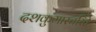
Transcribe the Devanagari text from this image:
दशकुमारचरिते